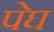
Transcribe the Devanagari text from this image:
पेघ